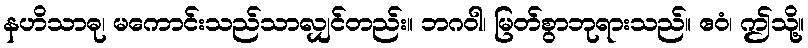
နဟိသာဓု၊ မကောင်းသည်သာလျှင်တည်း။ ဘဂဝါ၊ မြတ်စွာဘုရားသည်။ ဧဝံ၊ ဤသို့။